Annual report of the Punjab Veterinary College and of the Civil Veterinary Department, Punjab - 1909-1919
Year: 1909
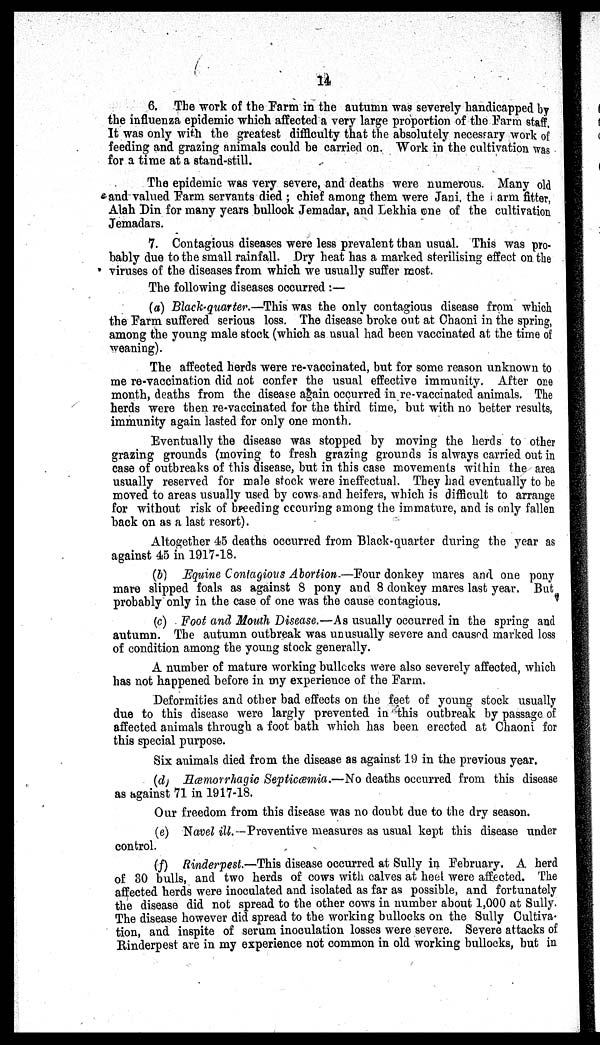
14
6. The work of the Farm in the autumn was severely handicapped by
the influenza epidemic which affected a very large proportion of the Farm staff.
It was only with the greatest difficulty that the absolutely necessary work of
feeding and grazing animals could be carried on. Work in the cultivation was
for a time at a stand-still.
The epidemic was very severe, and deaths were numerous. Many old
and valued Farm servants died ; chief among them were Jani the arm fitter,
Alah Din for many years bullock Jemadar, and Lekhia one of the cultivation
Jemadars.
7. Contagious diseases were less prevalent than usual. This was pro-
bably due to the small rainfall. Dry heat has a marked sterilising effect on the
viruses of the diseases from which we usually suffer most.
The following diseases occurred :—
(a) Black-quarter.—This was the only contagious disease from which
the Farm suffered serious loss. The disease broke out at Chaoni in the spring,
among the young male stock (which as usual had been vaccinated at the time of
weaning).
The affected herds were re-vaccinated, but for some reason unknown to
me re-vaccination did not confer the usual effective immunity. After one
month, deaths from the disease again occurred in re-vaccinated animals. The
herds were then re-vaccinated for the third time, but with no better results,
immunity again lasted for only one month.
Eventually the disease was stopped by moving the herds to other
grazing grounds (moving to fresh grazing grounds is always carried out in
case of outbreaks of this disease, but in this case movements within the area
usually reserved for male stock were ineffectual. They had eventually to be
moved to areas usually used by cows and heifers, which is difficult to arrange
for without risk of breeding occuring among the immature, and is only fallen
back on as a last resort).
Altogether 45 deaths occurred from Black-quarter during the year as
against 45 in 1917-18.
(b) Equine Contagions Abortion.—Four donkey mares and one pony
mare slipped foals as against 8 pony and 8 donkey mares last year. But
probably only in the case of one was the cause contagious.
(c) Foot and Mouth Disease.—As usually occurred in the spring and
autumn. The autumn outbreak was unusually severe and caused marked loss
of condition among the young stock generally.
A number of mature working bullocks were also severely affected, which
has not happened before in my experience of the Farm.
Deformities and other bad effects on the feet of young stock usually
due to this disease were largly prevented in this outbreak by passage of
affected animals through a foot bath which has been erected at Chaoni for
this special purpose.
Six animals died from the disease as against 19 in the previous year.
(d) Hæmorrhagic Septiæmia.—No deaths occurred from this disease
as against 71 in 1917-18.
Our freedom from this disease was no doubt due to the dry season.
(e) Navel ill.—Preventive measures as usual kept this disease under
control.
(f) Rinderpest.—This disease occurred at Sully in February. A herd
of 30 bulls, and two herds of cows with calves at heel were affected. The
affected herds were inoculated and isolated as far as possible, and fortunately
the disease did not spread to the other cows in number about 1,000 at Sully.
The disease however did spread to the working bullocks on the Sully Cultiva
tion, and inspite of serum inoculation losses were severe. Severe attacks of
Rinderpest are in my experience not common in old working bullocks, but in